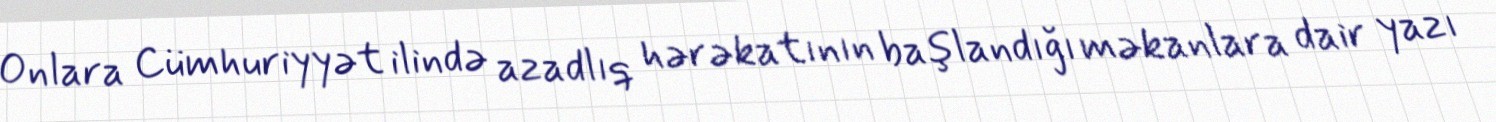
Onlara Cümhuriyyət ilində azadlıq hərəkatının başlandığı məkanlara dair yazı